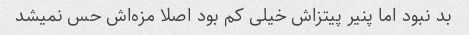
بد نبود اما پنیر پیتزاش خیلی کم بود اصلا مزه‌اش حس نمیشد